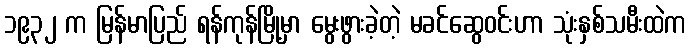
၁၉၃၂ က မြန်မာပြည် ရန်ကုန်မြို့မှာ မွေးဖွားခဲ့တဲ့ မခင်ဆွေဝင်းဟာ သုံးနှစ်သမီးထဲက